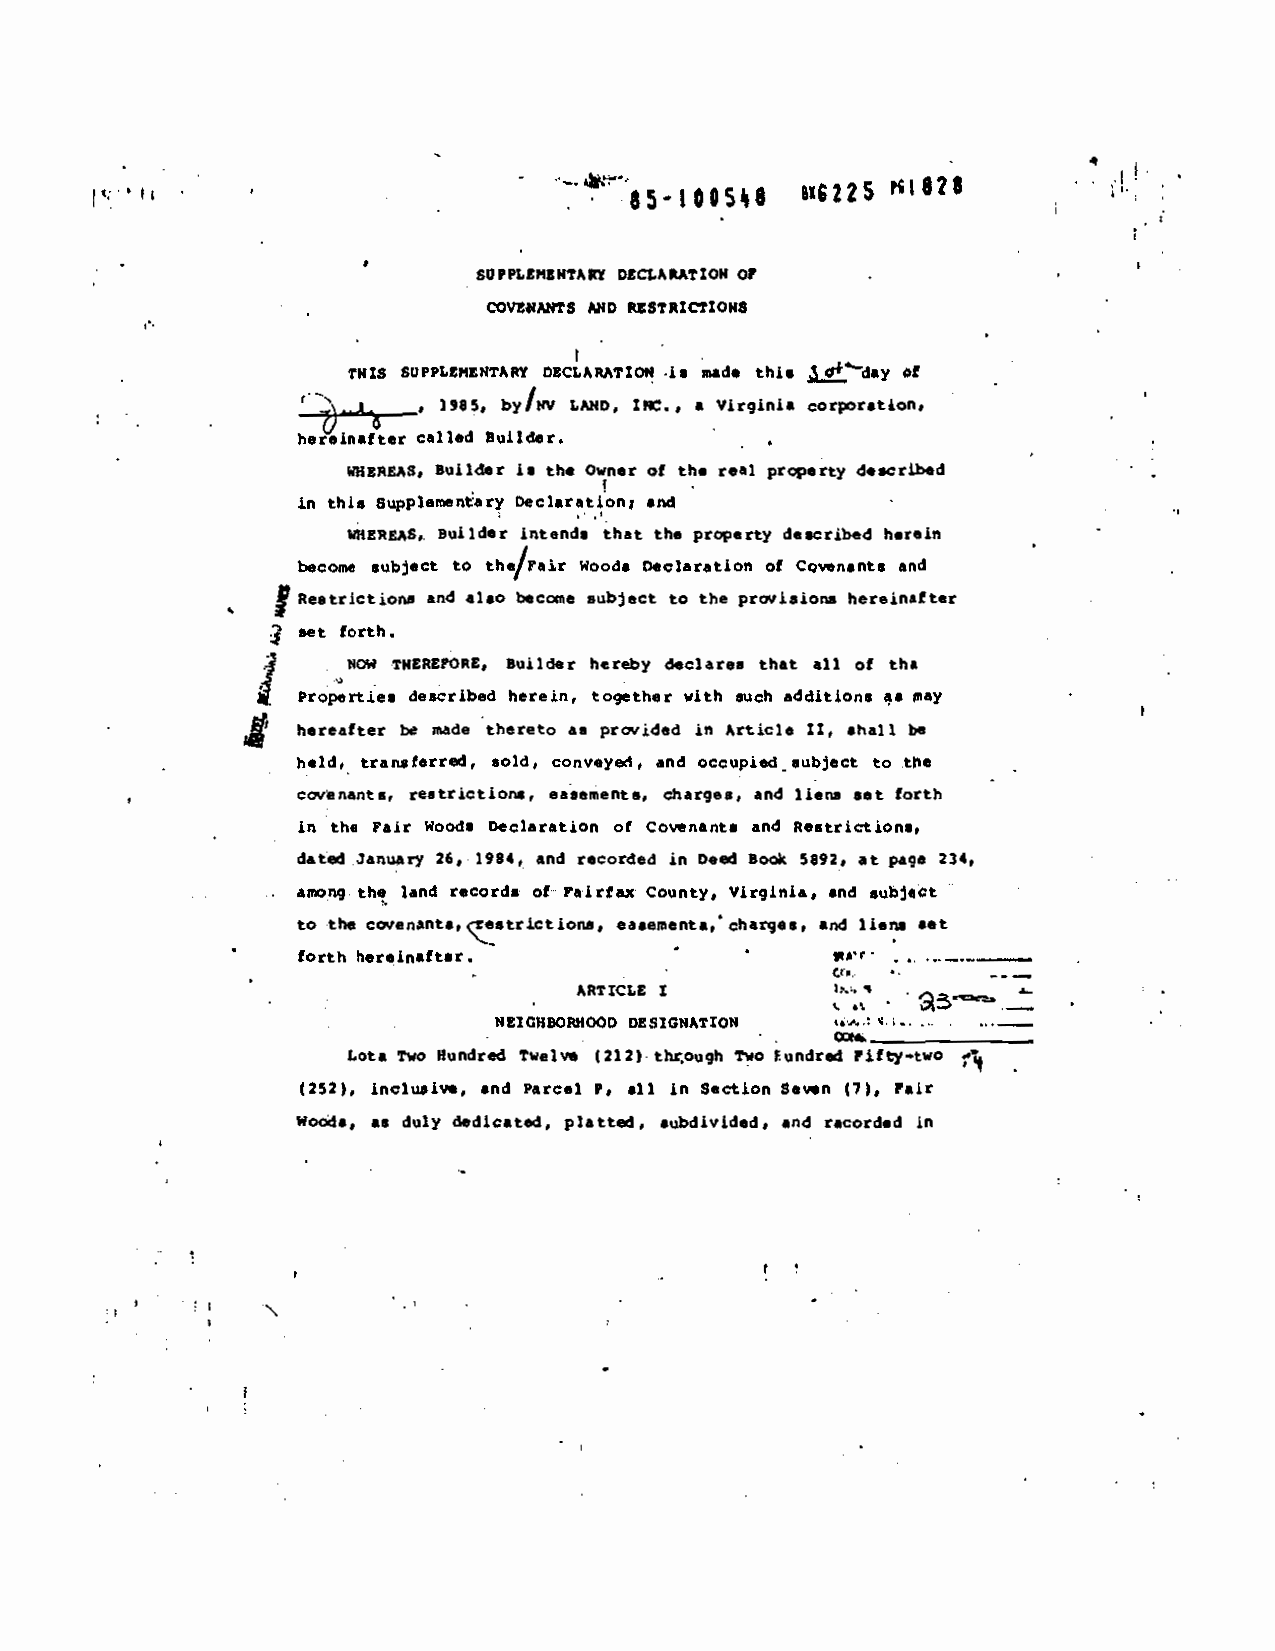
B'GZZS i$2$
 SUPPLEHEPIflfl DECLARATIOR 0?
 COVEIIANTS MO PXSTRICTIOI($
 IRIS SUPPLEMENTARY OECLAMTIO$ -is mad. this 1!day *1
 __0 ___6 ______ 1915, by/tn LMD, tiC., a Virginia cotpontLon,
 hereinafter called Ruilder.
 WBERUS, Builder is the Owner of the real property described
 in
 this oupplernenQary Declaration, and
 WHEREAS. Builder intend, that the property described herein
 becom, subject to the/Fair Woods Declaration of Covenants and
 Restrictions and also beccae subject to the provisions hereinafter
 set forth.
 3     NOW TKERt?ORE. Builder hereby declare, that alt of the
 Propertie, described herein, together with such additions as ,ay
 4' hereafter be made thereto a. provided in Article IX, shalt be
 held, transferred, sold, conveyed • and occupied eubject to the
 covenants, restrictions, easements, charges, and lien, set forth
 in the Fair Wood. Declaration of Covenants and Restriction,,
 dated January 26, 1984, and recorded in Deed Book 5112.
 at page 234,
 aiiong the land records of Faiflajc County, Virginia, and subject
 to the covenants, crestrfrtions, ea.ements, charges, and lien. set
 forth hereinafter. -
 pEr-      ______
 -                           ..
 Cr..       — - —
 ARTICLE t
 —
 N!IGHBOPMOOD DESIGNATION •....
 Lot. Two Hundred TWelve (212)- thçough Two handred Fifty—two
 (252), inclusive, and Parcel P. all in Section Seven (7). Pair
 a.
 Wo645, duty dedicated, platted, subdivided, and recorded in